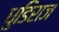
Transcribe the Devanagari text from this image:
धुडिराज